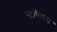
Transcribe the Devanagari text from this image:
स्ट्रबिलस